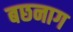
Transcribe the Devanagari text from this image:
बछनाग